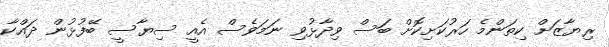
ރިޔާޒަށް ކިތަންމެ ހަރުކަށިކޮށް ބަސް ވިދާޅުވި ނަމަވެސް އެއީ ސިޔާސީ ބޭފުޅުން ދައްކާ